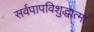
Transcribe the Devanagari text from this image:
सर्वपापविशुद्धात्मा